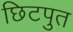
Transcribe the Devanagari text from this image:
छिटपुत